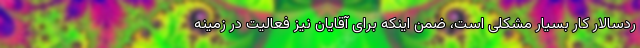
ردسالار کار بسیار مشکلی است، ضمن اینکه برای آقایان نیز فعالیت در زمینه